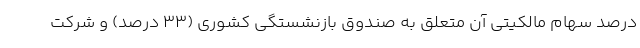
درصد سهام مالکیتی آن متعلق به صندوق بازنشستگی کشوری (۳۳ درصد) و شرکت